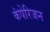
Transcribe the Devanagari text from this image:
कंपेरिजन